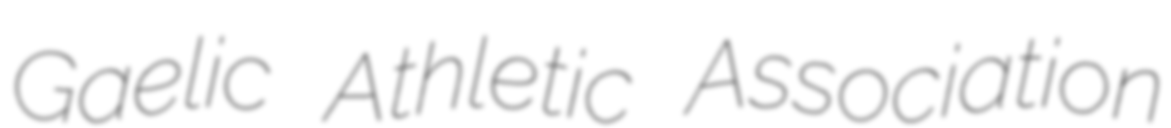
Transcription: Gaelic Athletic Association